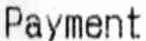
PAYMENT